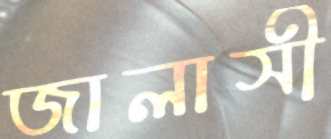
জালাসী